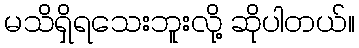
မသိရှိရသေးဘူးလို့ ဆိုပါတယ်။